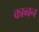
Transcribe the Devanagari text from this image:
काब्बन